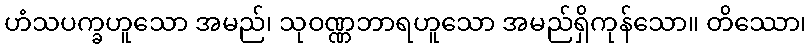
ဟံသပက္ခဟူသော အမည်၊ သုဝဏ္ဏဘာရဟူသော အမည်ရှိကုန်သော။ တိဿော၊